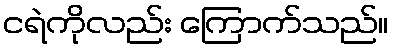
ငရဲကိုလည်း ကြောက်သည်။